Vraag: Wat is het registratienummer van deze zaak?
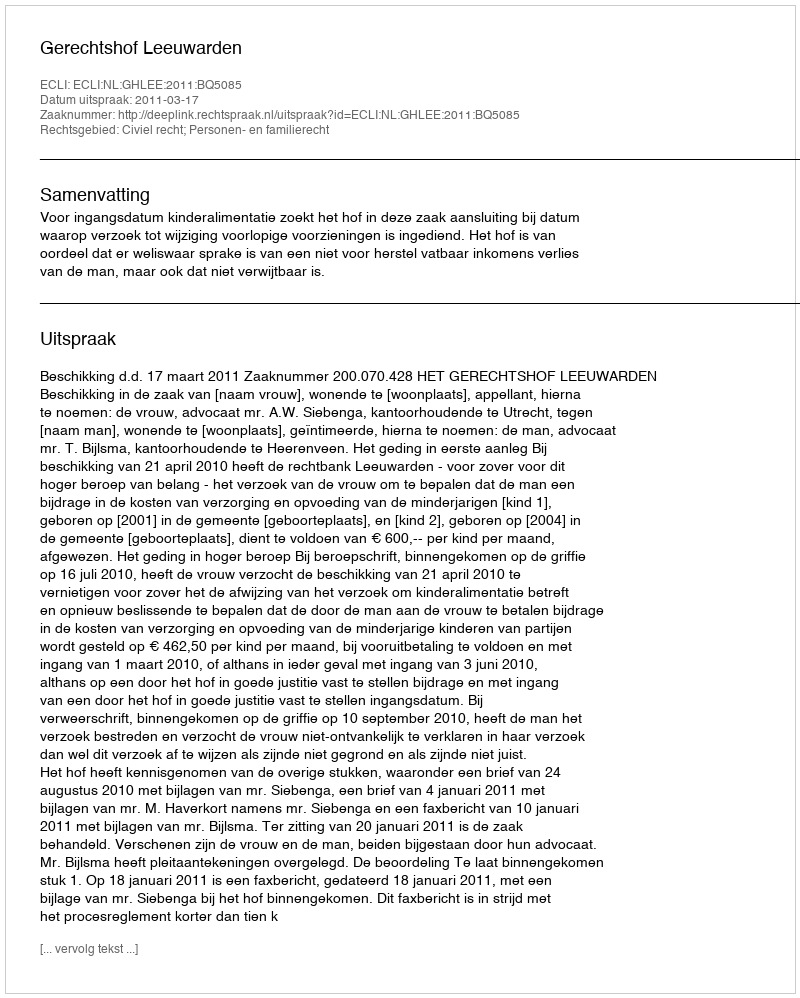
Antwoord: http://deeplink.rechtspraak.nl/uitspraak?id=ECLI:NL:GHLEE:2011:BQ5085